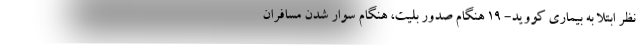
نظر ابتلا به بیماری کووید- ۱۹ هنگام صدور بلیت، هنگام سوار شدن مسافران